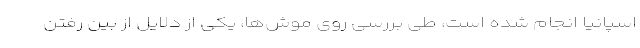
اسپانیا انجام شده است، طی بررسی روی موش‌ها، یکی از دلایل از بین رفتن